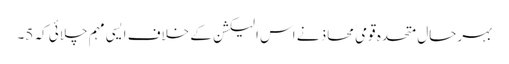
بہرحال متحدہ قومی محاذ نے اس الیکشن کے خلاف ایسی مہم چلائی کہ 5۔